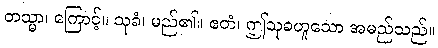
တသ္မာ၊ ကြောင့်။ သုခံ၊ မည်၏။ ဧတံ၊ ဤသုခဟူသော အမည်သည်။